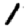
Digit: 1